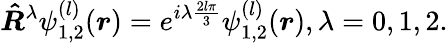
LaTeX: \boldsymbol{\hat{R}}^{\lambda}\psi_{1,2}^{(l)}(\boldsymbol{r})=e^{i\lambda\frac{2l\pi}{3}}\psi_{1,2}^{(l)}(\boldsymbol{r}),\lambda=0,1,2.